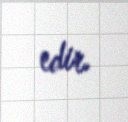
edir.